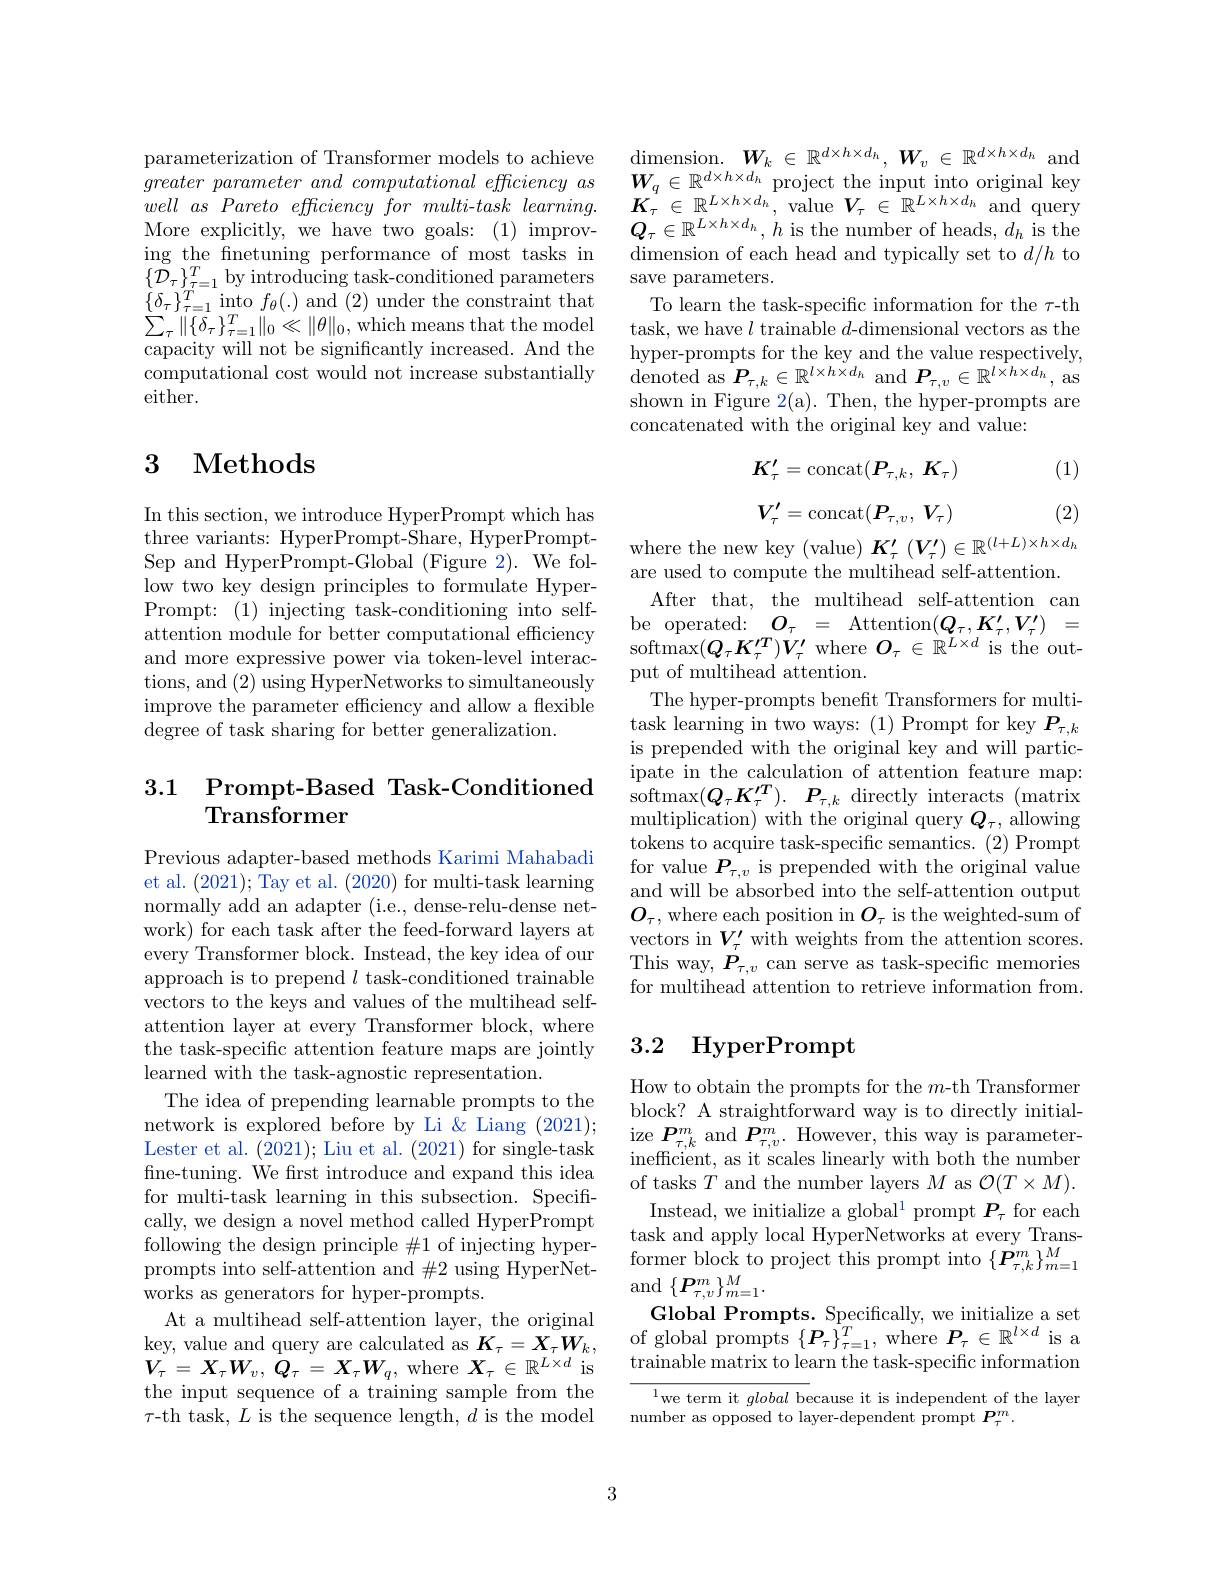
parameterization of Transformer models to achieve&\text{dimension.}\boldsymbol{W}_k\in\mathbb{R}^{d\times h\times d_h},\boldsymbol{W}_v\in\mathbb{R}^{d\times h\times d_h}\text{and}\\greater~parameter~and~computational~efficiency~as&\boldsymbol{W}_q\in\mathbb{R}^{d\times h\times d_h}\text{project the input into original key}\\well~as~Pareto~efficiency~for~mult
ing the fnetuning performance of most tasks in
$\{ \tilde{\mathcal{D} } _{\tau }\} _{\tau = 1}^{T}$ by introducing task- conditioned parameterssave parameters. $\{ \delta _{\tau }\} _{\tau = 1}^{T}$ into $f_{\theta }( . )$ and (2) under the constraint thatTo learn the task- speciffc information for the $\tau$th $\sum_{\tau}\|\{\delta_{\tau}\}_{\tau=\tau}^{T}\|_{0}\ll\|\theta\|_{}$
computational cost would not increase substantially
either.

## $\begin{array}{cc}3&\text{Methods}\end{array}$

In this section, we introduce HyperPrompt which has three variants: HyperPrompt-Share, HyperPromptSep and HyperPrompt-Global (Figure 2). We follow two key design principles to formulate HyperPrompt: (1) injecting task-conditioning into selfattention module for better computational efficiency and more expressive power via token-level interactions, and (2) using HyperNetworks to simultaneously improve the parameter efficiency and allow a flexible degree of task sharing for better generalization.

## 3.1 Prompt-Based Task-Conditioned Transformer

Previous adapter-based methods Karimi Mahabadi et al. (2021); Tay et al. (2020) for multi-task learning normally add an adapter (i.e., dense-relu-dense network) for each task after the feed-forward layers at every Transformer block. Instead, the key idea of our approach is to prepend $l$ task-conditioned trainable vectors to the keys and values of the multihead selfattention layer at every Transformer block, where the task-specific attention feature maps are jointly learned with the task-agnostic representation.
The idea of prepending learnable prompts to the network is explored before by Li & Liang (2021); Lester et al. (2021); Liu et al. (2021) for single-task fine-tuning. We frst introduce and expand this idea for multi-task learning in this subsection. Specifically, we design a novel method called HyperPrompt following the design principle $\#1$ of injecting hyper- $\begin{array}{cc}\text{lollowng ule design princle \#1 ol nlecting nyper-}&\text{former block to project this prompt into}\left\{\boldsymbol{P}_{\tau,k}^{m}\right\}_{m=1}^{M}\\\text{prompts into self-attention and \#2 using HyperNet-}&\text{former block to project this prompt into}\left\{\boldsymbol{P}_{\tau,k}^{m}\right\}_{m=1}^{M}\\\text{}\end{array}$
At a multihead self-attention layer, the original key, value and query are calculated as $K_{\tau }= X_{\tau }W_{k}$, $\boldsymbol{V}_{\tau}=\boldsymbol{X}_{\tau}\boldsymbol{W}_{v},\boldsymbol{Q}_{\tau}=\boldsymbol{X}_{\tau}\boldsymbol{W}_{q}$,where$\boldsymbol{X}_{\tau}\in\mathbb{R}^{L\times d}$is the input sequence of a training sample from the $\tau$-th task, $L$ is the sequence length, $d$ is the model

dimension of each head and typically set to $d/h$ to hyper-prompts for the key and the value respectively, $\begin{array}{l}{\mathrm{denoted~as~}\boldsymbol{P}_{\tau,k}\in\mathbb{R}^{l\times h\times d_{h}}\mathrm{~and~}\boldsymbol{P}_{\tau,v}\in\mathbb{R}^{l\times h\times d_{h}},\mathrm{~as}}\\{\mathrm{shown~in~Figure~2(a).~Then,~the~hyper-prompts~are}}\end{array}$ concatenated with the original key and value:

(1)
$$K_{\tau}^{\prime}=\mathrm{concat}(P_{\tau,k},\:K_{\tau})$$
$$V_\tau'=\mathrm{concat}(P_{\tau,v},\:V_\tau)$$
(2)
where the new key (value) $K_\tau^\prime\left(V_\tau^{\prime}\right)\in\mathbb{R}^{(l+L)\times h\times d_h}$

are used to compute the multihead self-attention. After that, the multihead self-attention can be operated: $O_\tau=$ Attention$(Q_\tau,K_\tau^{\prime},V_\tau^{\prime})=$ softmax$(Q_{\tau}K_{\tau}^{\prime T})V_{\tau}^{\prime}$ where $O_{\tau}\in\mathbb{R}^{L\times d}$ is the output of multihead attention.
The hyper-prompts benefit Transformers for multitask learning in two ways: (1) Prompt for key $P_{\tau,k}$ is prepended with the original key and will participate in the calculation of attention feature map: $\operatorname* { softmax} ( Q_{\tau }K_{\tau }^{\prime T}) .$ $P_{\tau , k}$ directly interacts (matrix multiplication) with the original query $Q_\tau$, allowing $\bar{\text{tokens to acquire task-specific semantics.(2)Prompt}}$ for value $\boldsymbol{P}_\tau,v$ is prepended with the original value and will be absorbed into the self-attention output $O_{\tau}$, where each position in $O_{\tau}$ is the weighted-sum of vectors in $V_\tau^{\prime}$ with weights from the attention scores. $\begin{array}{l}{\mathrm{This~way,~}P_{\tau,v}\text{ can serve as task-specific memories}}\\{\mathrm{for~multihead~attention~to~retrieve~information~from.}}\end{array}$

## 3.2 HyperPrompt

How to obtain the prompts for the $m$-th Transformer block? A straightforward way is to directly initial- $\operatorname*{ize}\boldsymbol{P}_{\tau,k}^{m}$and$\boldsymbol{P}_{\tau,v}^{m}.$However, this way is parameterinefficient, as it scales linearly with both the number of tasks $T$ and the number layers $M$ as $\mathcal{O}(T\times M).$ Instead, we initialize a global$^1$ prompt $P_\tau$ for each task and apply local HyperNetworks at every TransGlobal Prompts. Specifically, we initialize a set
of global prompts $\{\boldsymbol{P}_\tau\}_{\tau=1}^T$, where $\boldsymbol{P}_\tau\in\mathbb{R}^{l\times d}$ is a trainable matrix to learn the task-specific information
$^{1}$we term it global because it is independent of the layer

number as opposed to layer-dependent prompt $P_\tau^m.$

3